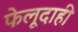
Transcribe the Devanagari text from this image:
फेलूदाही